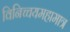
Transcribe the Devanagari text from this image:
विनिच्चयमहामात्र